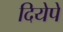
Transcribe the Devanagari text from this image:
दियेपे